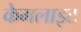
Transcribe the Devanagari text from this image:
केमलाइट